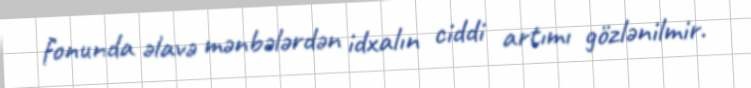
fonunda əlavə mənbələrdən idxalın ciddi artımı gözlənilmir.